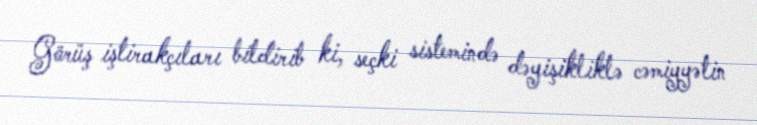
Görüş iştirakçıları bildirib ki, seçki sistemində dəyişikliklə cəmiyyətin